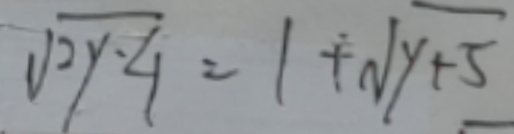
\sqrt { 2 y \cdot 4 } = 1 + \sqrt { y + 5 }